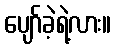
ပျော်ခဲ့ရဲ့လား။